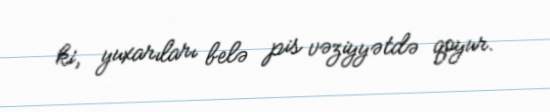
ki, yuxarıları belə pis vəziyyətdə qoyur.